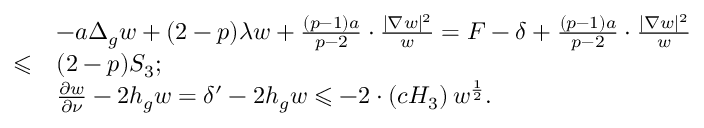
\begin{array} { r l } & { - a \Delta _ { g } w + ( 2 - p ) \lambda w + \frac { ( p - 1 ) a } { p - 2 } \cdot \frac { \lvert \nabla w \rvert ^ { 2 } } { w } = F - \delta + \frac { ( p - 1 ) a } { p - 2 } \cdot \frac { \lvert \nabla w \rvert ^ { 2 } } { w } } \\ { \leqslant } & { ( 2 - p ) S _ { 3 } ; } \\ & { \frac { \partial w } { \partial \nu } - 2 h _ { g } w = \delta ^ { \prime } - 2 h _ { g } w \leqslant - 2 \cdot \left( c H _ { 3 } \right) w ^ { \frac { 1 } { 2 } } . } \end{array}